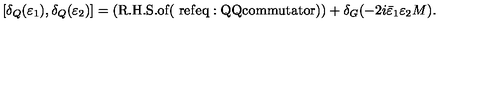
[ \delta _ { Q } ( \varepsilon _ { 1 } ) , \delta _ { Q } ( \varepsilon _ { 2 } ) ] = ( \mathrm { R . H . S . o f ( \ r e f { e q : Q Q c o m m u t a t o r } ) } ) + \delta _ { G } ( - 2 i \bar { \varepsilon } _ { 1 } \varepsilon _ { 2 } M ) .